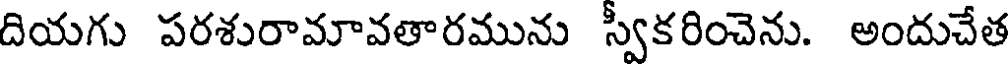
దియగు పరశురామావతారమును స్వీకరించెను. అందుచేత